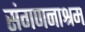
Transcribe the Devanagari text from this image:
संगणनाश्रम